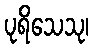
ပုရိသေသု၊